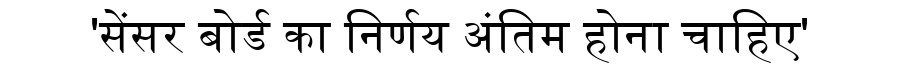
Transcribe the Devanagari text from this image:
'सेंसर बोर्ड का निर्णय अंतिम होना चाहिए'